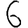
Digit: 6